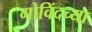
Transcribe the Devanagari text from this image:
गोविंदच्या